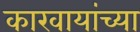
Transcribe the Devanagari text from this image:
कारवायांच्या